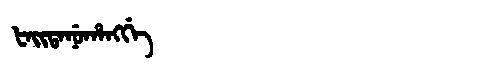
Manchu: ᡶᠠᡳᡨᠠᠨᡠᡥᠠᠩᡤᡝ
Romanization: FAITANUHANGGE